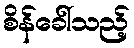
စိန်ခေါ်သည့်